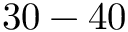
3 0 - 4 0 \